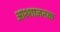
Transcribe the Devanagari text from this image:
आश्शाजनक